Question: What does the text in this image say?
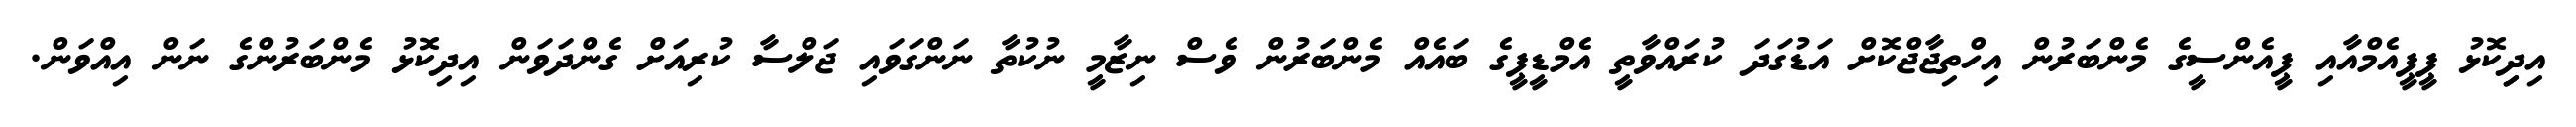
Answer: އިދިިކޮޅު ޕީޕީއެމްއާއި ޕީއެންސީގެ މެންބަރުން އިހްތިޖާޖްކޮށް އަޑުގަދަ ކުރައްވާތީ އެމްޑީޕީގެ ބައެއް މެންބަރުން ވެސް ނިޒާމީ ނުކުތާ ނަންގަވައި ޖަލްސާ ކުރިއަށް ގެންދަވަން އިދިކޮޅު މެންބަރުންގެ ނަން އިއްވަން.